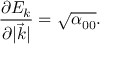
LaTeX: \frac { \partial E _ { k } } { \partial | \vec { k } | } = \sqrt { \alpha _ { 0 0 } } .